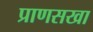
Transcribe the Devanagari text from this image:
प्राणसखा